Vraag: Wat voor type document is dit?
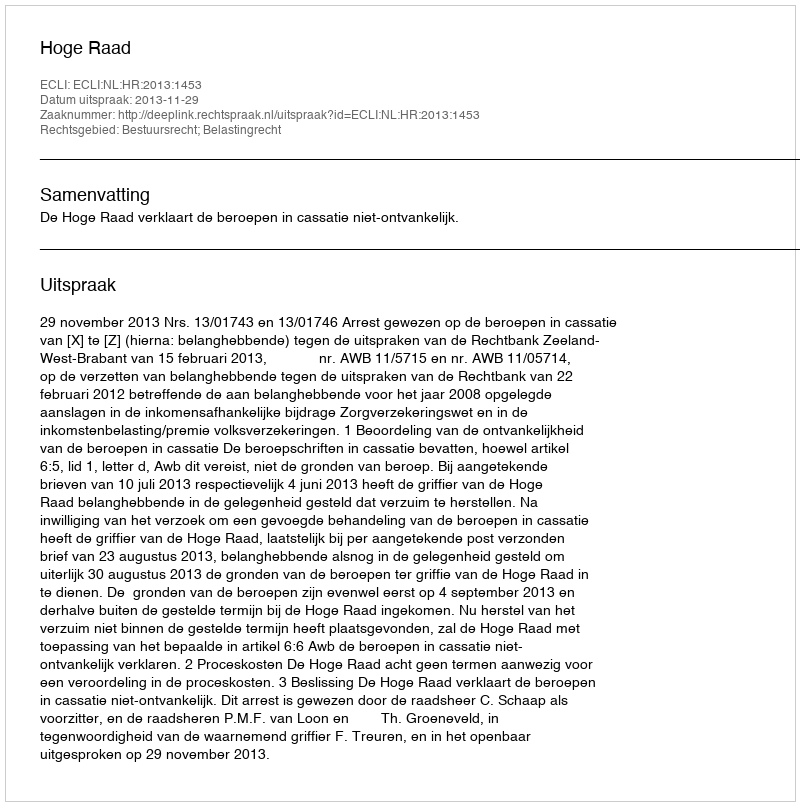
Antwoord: Uitspraak